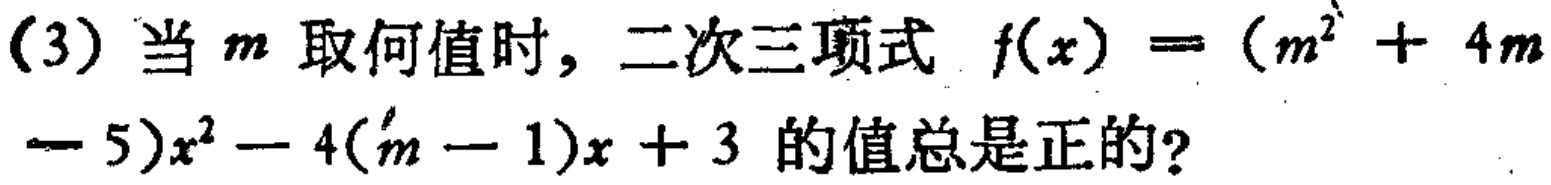
(3) 当 \(m\) 取何值时，二次三项式 \(f(x)=(m^{2}+4m - 5)x^{2}-4(m - 1)x + 3\) 的值总是正的？